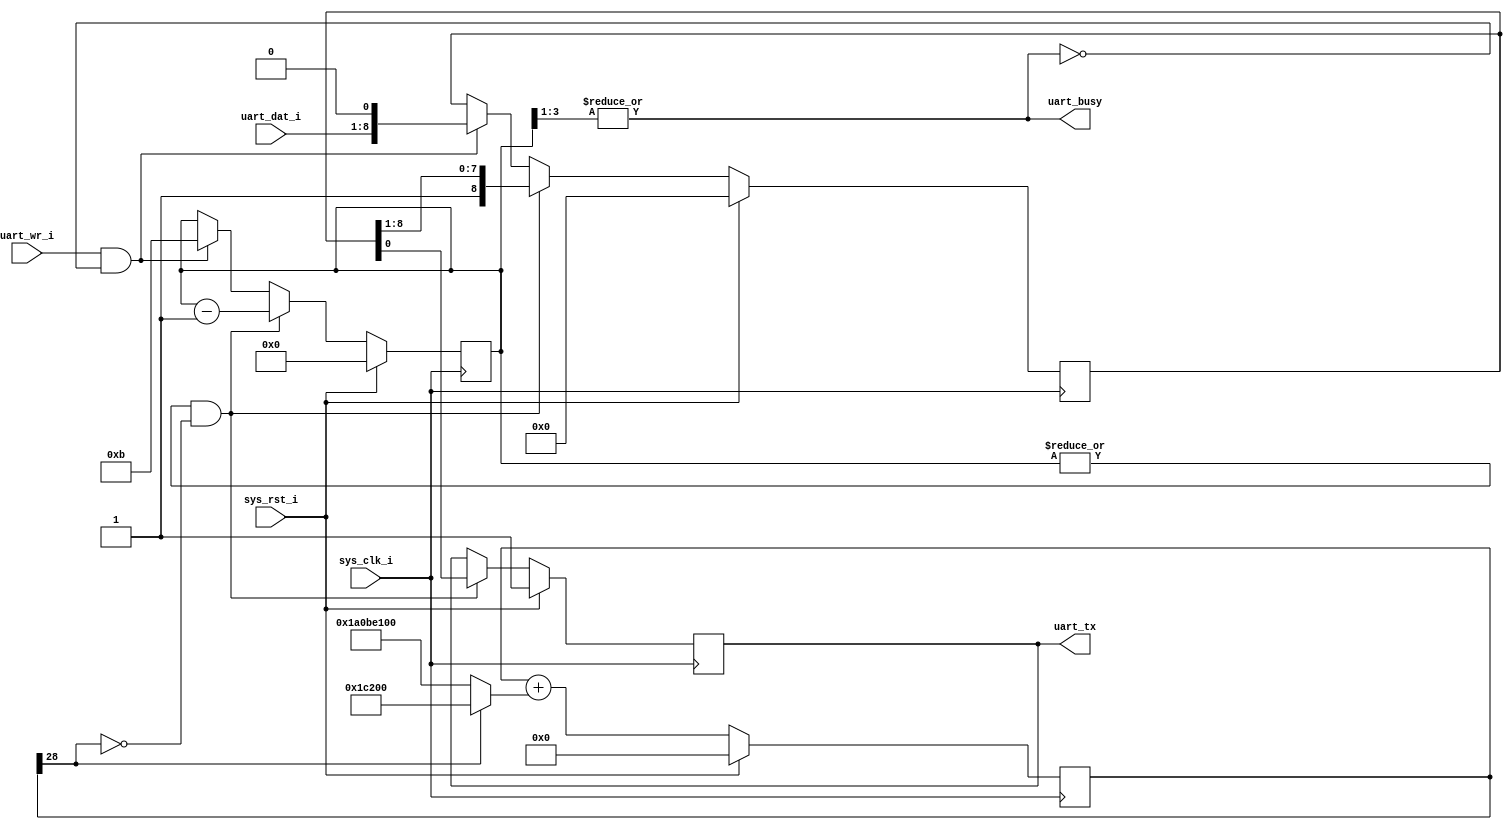
module uart(
   // Outputs
   uart_busy,   // High means UART is transmitting
   uart_tx,     // UART transmit wire
   // Inputs
   uart_wr_i,   // Raise to transmit byte
   uart_dat_i,  // 8-bit data
   sys_clk_i,   // System clock, 68 MHz
   sys_rst_i    // System reset
);

  input uart_wr_i;
  input [7:0] uart_dat_i;
  input sys_clk_i;
  input sys_rst_i;
  
  output uart_busy;
  output uart_tx;

  reg [3:0] bitcount;
  reg [8:0] shifter;
  reg uart_tx;

  wire uart_busy = |bitcount[3:1];
  wire sending = |bitcount;

  // sys_clk_i is 68MHz.  We want a 115200Hz clock

  reg [28:0] d;
  wire [28:0] dInc = d[28] ? (115200) : (115200 - 100000000);
  wire [28:0] dNxt = d + dInc;
  wire ser_clk = ~d[28];
  always @(posedge sys_clk_i)
    if (sys_rst_i) begin
       d = 0;
    end else begin
      d = dNxt;
    end

  always @(posedge sys_clk_i)
  begin
    if (sys_rst_i) begin
      uart_tx <= 1;
      bitcount <= 0;
      shifter <= 0;
    end else begin
      // just got a new byte
      if (uart_wr_i & ~uart_busy) begin
        shifter <= { uart_dat_i[7:0], 1'h0 };
        bitcount <= (1 + 8 + 2);
      end
      
      if (sending & ser_clk) begin
        { shifter, uart_tx } <= { 1'h1, shifter };
        bitcount <= bitcount - 1;
      end
    end
  end

endmodule